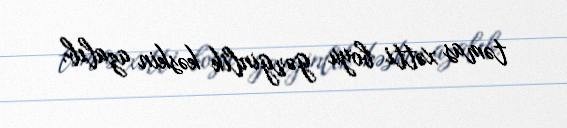
təmas xətti boyu gərginlik kəskin azalıb.